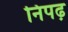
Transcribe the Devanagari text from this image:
निपढ़